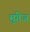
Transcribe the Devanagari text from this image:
मुंगेज